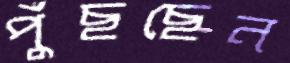
পুঁছছেন